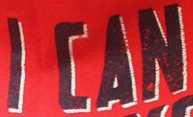
I CAN